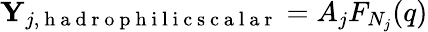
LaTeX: \begin{array}{r}{\mathbf{Y}_{j,\mathrm{~h~a~d~r~o~p~h~i~l~i~c~s~c~a~l~a~r~}}=A_{j}F_{N_{j}}(q)}\end{array}